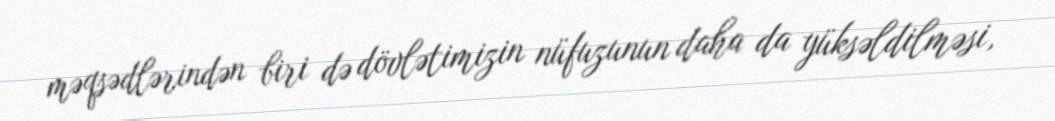
məqsədlərindən biri də dövlətimizin nüfuzunun daha da yüksəldilməsi,